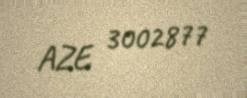
AZE 3002877